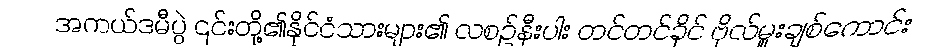
အကယ်ဒမီပွဲ ၎င်းတို့၏နိုင်ငံသားများ၏ လစဉ်နီးပါး တင်တင်ခိုင် ဗိုလ်မှူးချစ်ကောင်း